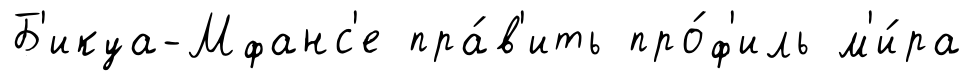
Б'икуа-Мфанс'е пра́в'ить про́ф'иль м'и́ра